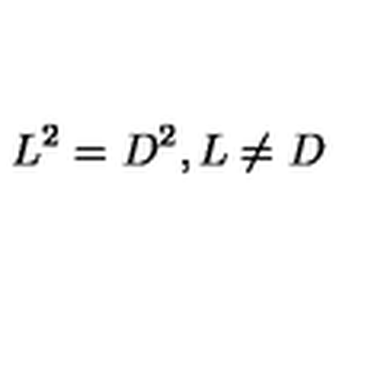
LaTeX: L ^ { 2 } = D ^ { 2 } , L \ne D